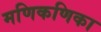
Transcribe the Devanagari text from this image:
मणिकणिका